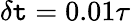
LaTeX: \delta\mathtt{t}=0.01\tau